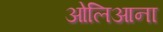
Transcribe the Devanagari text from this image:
ओलिआना